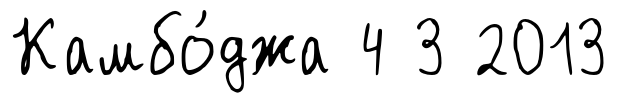
Камбо́джа 4 3 2013